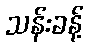
သန်းခန့်